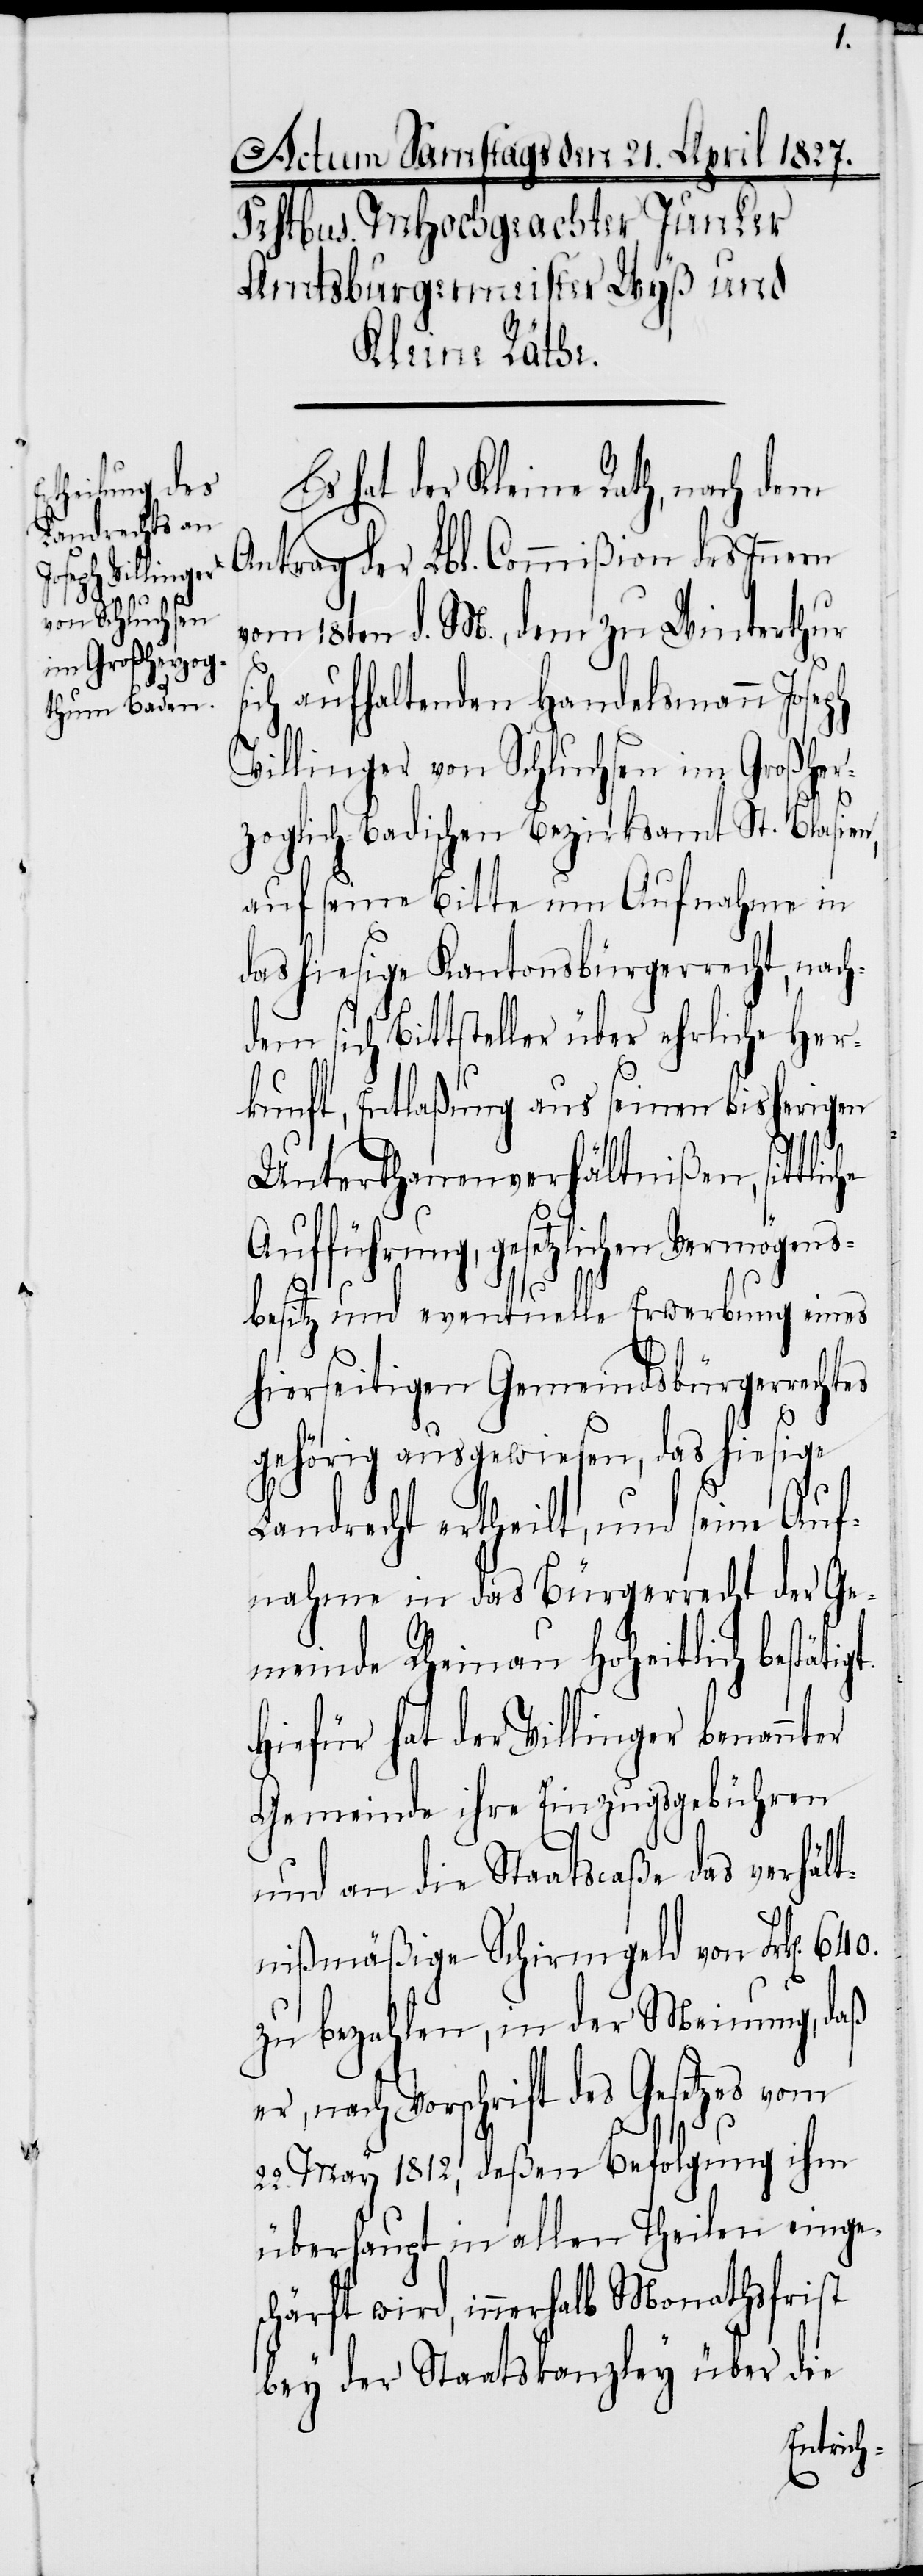
Vermögens¬

gt.
Es hat der Kleine Rath, nach dem
Antrag der Lbl. Commißion des Innern
vom 18. d. M., dem zu Winterthur
ich aufhaltenden Handelsmann Joseph
Villinger von Schluchsen im Großher¬
es
zoglich-Badischen Bezirksamt St. Blasien,
auf seine Bitte um Aufnahme in
das hiesige Kantonsbürgerrecht, nach¬
em sich Bittsteller über ehrliche Her¬
kunft, Entlaßung aus seinen bisherigen
Unterthanenverhältnißen, sittl¬
besitz und eventuelle Erwerbung eines
hierseitigen Gemeindsbürgerrecht¬
gehörig ausgewiesen, das hiesige
Landrecht ertheilt, und seine Auf¬
nahme in das Bürgerrecht der Ge¬
meinde Rheinau Hoheitlich bestäti¬
Hiefür hat der Villinger benannter
Gemeinde ihre Einzugsgebühren
und an die Staatscaße das verhält¬
nißmäßige Schirmgeld von Frk[en].
zu bezahlen, in der Meinung, daß
nach Vorschrift des Gesetzes
22. May 1812, deßen Befolgung ihm
überhaupt in allen Theilen einge¬
schärft wird, innerhalb Monathsfrist
bey der Staatskanzley über die
iche